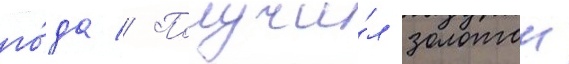
го́да // Получи́л золотои